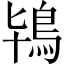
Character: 鴇